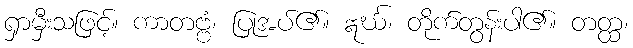
ရှာမှီးသဖြင့်။ ကာတဗ္ဗံ၊ ပြုအပ်၏။ ဣင်္ဃ၊ တိုက်တွန်းပါ၏။ တတ္ထ၊